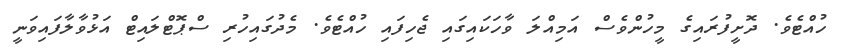
ހުއްޓެވެ. ދޮށީފުރައިގެ މީހުންވެސް އަމިއްލަ ވާހަކައިގައި ޖެހިފައި ހުއްޓެވެ. މެދުގައިހުރި ސްޕޮޓްލައިޓް އަޅުވާލާފައިވަނީ